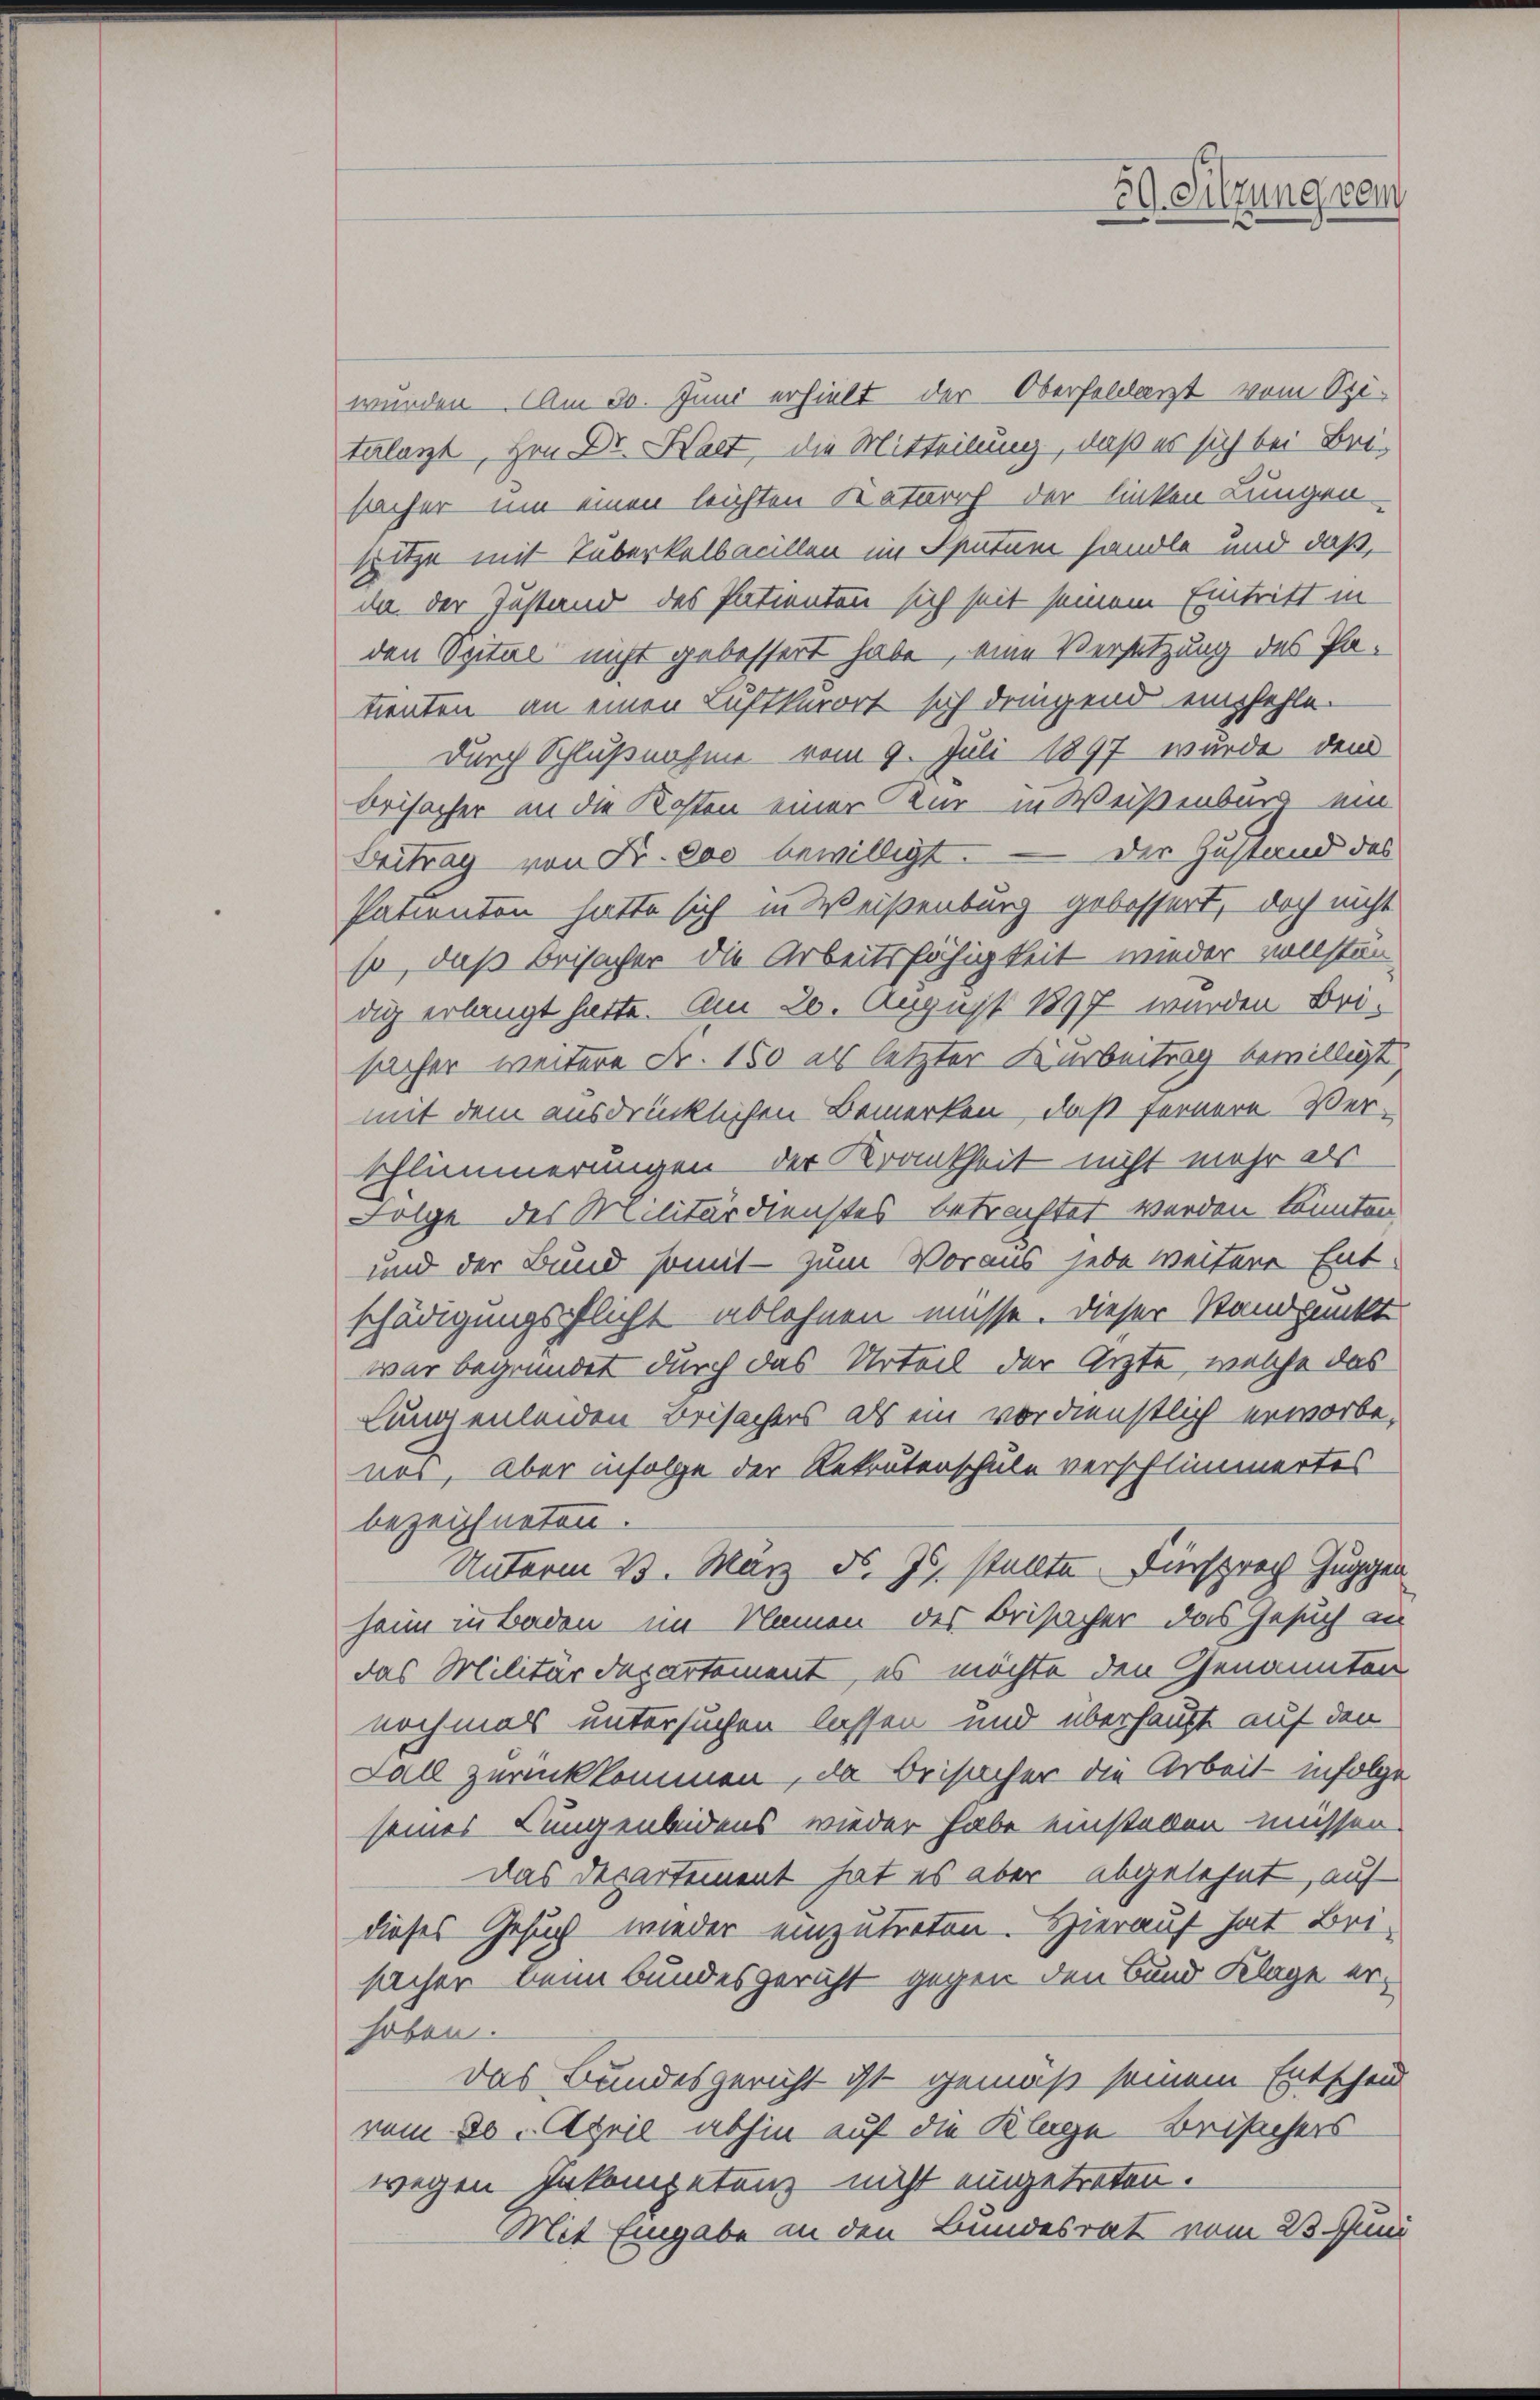
59. Sitzung vom

wurden. Am 30. Juni erhielt der Oberfeldarzt vom Spitalant, Hrn Dr. Halt, die Mitteilung, daß es sich bei Bei-
sacher um einen leichten Katarrh der linken Lungen
Hitze mit Tuberkalbacillen im Sputum handle und daß,
da der Zustand des Patienten sich seit seinem Eintritt in
den Spital nicht gebessert habe, eine Versetzung des Patienten an einen Luftkurort sich dringend empfehle.
durch Schlußnahme vom 9. Juli 1897 wurde dem
Beisacher in die Kosten einer Kur in Weißenbarg ein
Beitrag von Fr. 800 bewilligt. — Der Zustand des
Patienten hätte sich in Weisenburg gebessert, doch nicht
so, daß beisacher die Arbeitsfähigkeit wieder vollständig erlangt hatte. Am 20. August 1897 wurden Brisacher weitere Fr. 150 als letzter Karbeitrag bewilligt
mit dem ausdrücklichen Bemerken, daß fernere Ver¬
Eflimmerungen der Krankheit nicht mehr als
Folge des Militärdienstes betrachtet werden könnten.
und der Bund somit - zum Voraus jede weitere Ent-
schädigungspflicht ablehnen müsse. Dieser Standpunkt
war begründet durch das Urteil der Ärzte, welche das
Lungenleiden Beisachers als ein verdienstlich erworbe,
ner, aber infolge der Rekrutenschule verschlimmertes
bezeichneten.
Unterm 13. März d. Js. stellte. Viersprech Guggen
heim in Baden im Namen des Beisacher das Gesuch an
das Militärdepartement, es möchte den Genannten
nochmals untersuchen lassen und überhaupt auf den
Fall zurückkommen, da Beisacher die Arbeit infolge
seines Lungenbeidens wieder habe einstellen müssen.
das Departement hat es aber abgelehnt, auf
dieses Gesuch wieder einzutreten. Hierauf hat Bri
sacher beim Bundesgericht gegen den Bund Klage erhoben.
Das Bundesgericht ist gemäß seinem Entscheid
vom 20. April abhin auf die Klage Brischers
wegen Inkompetenz nicht eingetreten.
Mit Eingabe in den Bundesrat vom 23. Juni